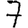
Digit: 7